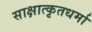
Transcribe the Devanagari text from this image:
साक्षात्कृतधर्मा